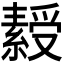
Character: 𬗾